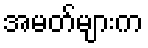
အမတ်များက